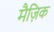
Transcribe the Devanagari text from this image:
मैज़िक